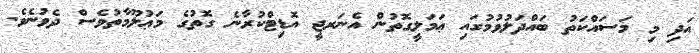
އަދި މި މަސައްކަތު ބައްދަލުވުމުގައި ޢަމަލީގޮތުން އެނަރޖީ އޮޑިޓްކުރާނެ ގޮތުގެ މަޢުލޫމާތުވެސް ދެވުނެވެ.